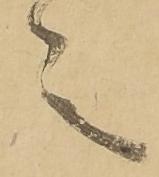
言